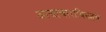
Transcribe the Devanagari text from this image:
अत्याचाराविरुद्धचे